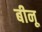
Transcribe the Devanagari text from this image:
बीनू